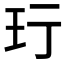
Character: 𬍐